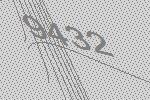
9432